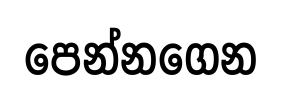
පෙන්නගෙන